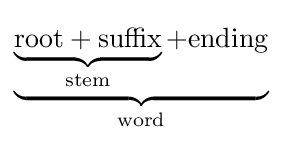
\underbrace {\underbrace {\mathrm {root+suffix} } _{\mathrm {stem} }+\mathrm {ending} } _{\mathrm {word} }